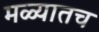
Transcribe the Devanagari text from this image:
मळ्यातच